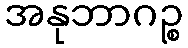
အနုဘာဂဉ္စ